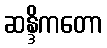
ဆန္ဒိကတော